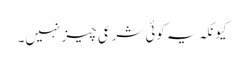
کیونکہ یہ کوئی شرعی چیز نہیں۔